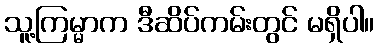
သူ့ကြမ္မာက ဒီဆိပ်ကမ်းတွင် မရှိပါ။